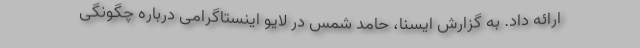
ارائه داد. به گزارش ایسنا، حامد شمس در لایو اینستاگرامی درباره چگونگی